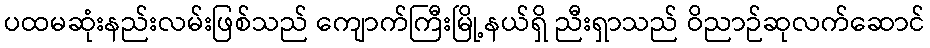
ပထမဆုံးနည်းလမ်းဖြစ်သည် ကျောက်ကြီးမြို့နယ်ရှိ ညီးရှာသည် ဝိညာဉ်ဆုလက်ဆောင်